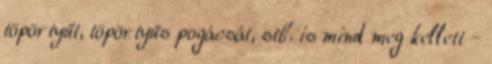
töpörtyűt, töpör­tyűs pogá­csát, stb. is mind meg kel­lett -